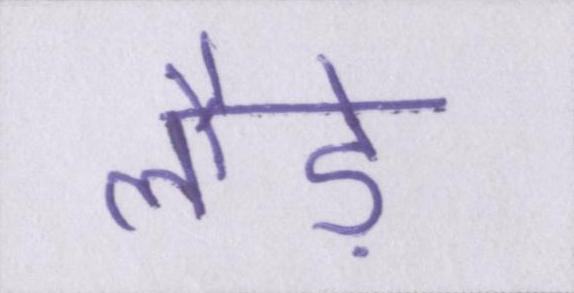
लौड़े